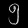
Digit: ၅